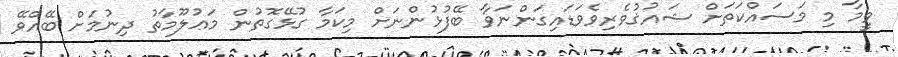
ވީމާ މި މަސައްކަތަށް ޝައުޤުވެރިވެވަޑައިގަންނަވާ ބޭފުޅުންނަށް މިކަމާ ގުޅޭގޮތުން މަޢުލޫމާތު ދިނުމަށް ބޭއްވޭ